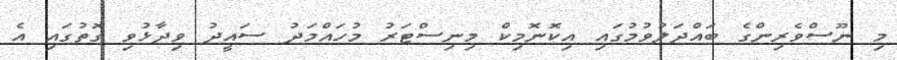
މި ނޫސްވެރިންގެ ބައްދަލުވުމުގައި އިކޮނޮމިކް މިނިސްޓަރު މުހައްމަދު ސައީދު ވިދާޅުވި ގޮތުގައި އެ